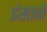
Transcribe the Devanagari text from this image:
इंसाने